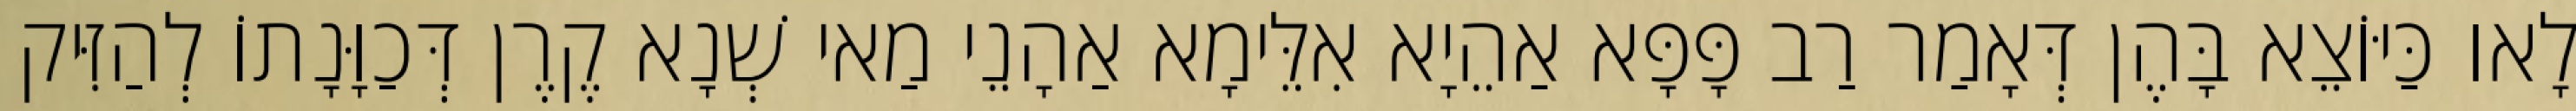
לָאו כַּיּוֹצֵא בָּהֶן דְּאָמַר רַב פָּפָּא אַהֵיָא אִלֵּימָא אַהָנֵי מַאי שְׁנָא קֶרֶן דְּכַוָּנָתוֹ לְהַזִּיק